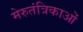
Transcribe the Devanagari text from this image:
मेरुतंत्रिकाओं